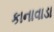
કાનાવાડા